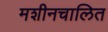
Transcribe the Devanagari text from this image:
मशीनचालित